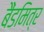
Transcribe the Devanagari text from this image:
बैंडमित्र